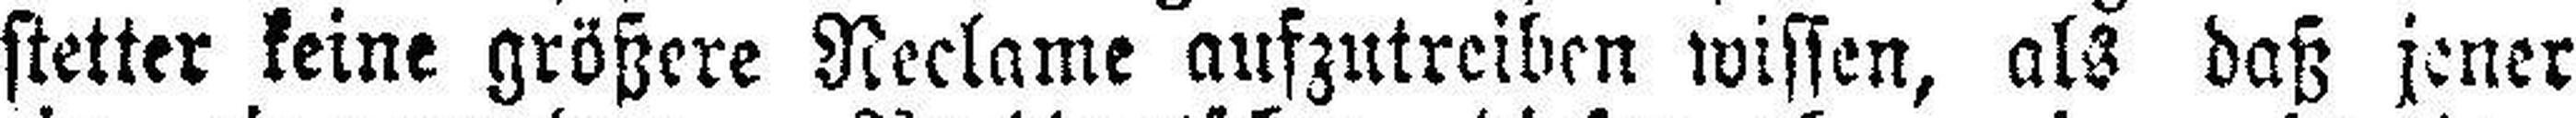
stetter keine größere Reclame aufzutreiben wissen, als daß jener